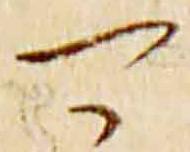
可